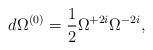
LaTeX: \begin{align*}d\Omega^{(0)}=\frac12\Omega^{+2i}\Omega^{-2i},\end{align*}